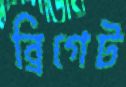
ব্রিগেট